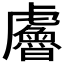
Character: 𧈘